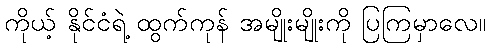
ကိုယ့် နိုင်ငံရဲ့ ထွက်ကုန် အမျိုးမျိုးကို ပြကြမှာလေ။